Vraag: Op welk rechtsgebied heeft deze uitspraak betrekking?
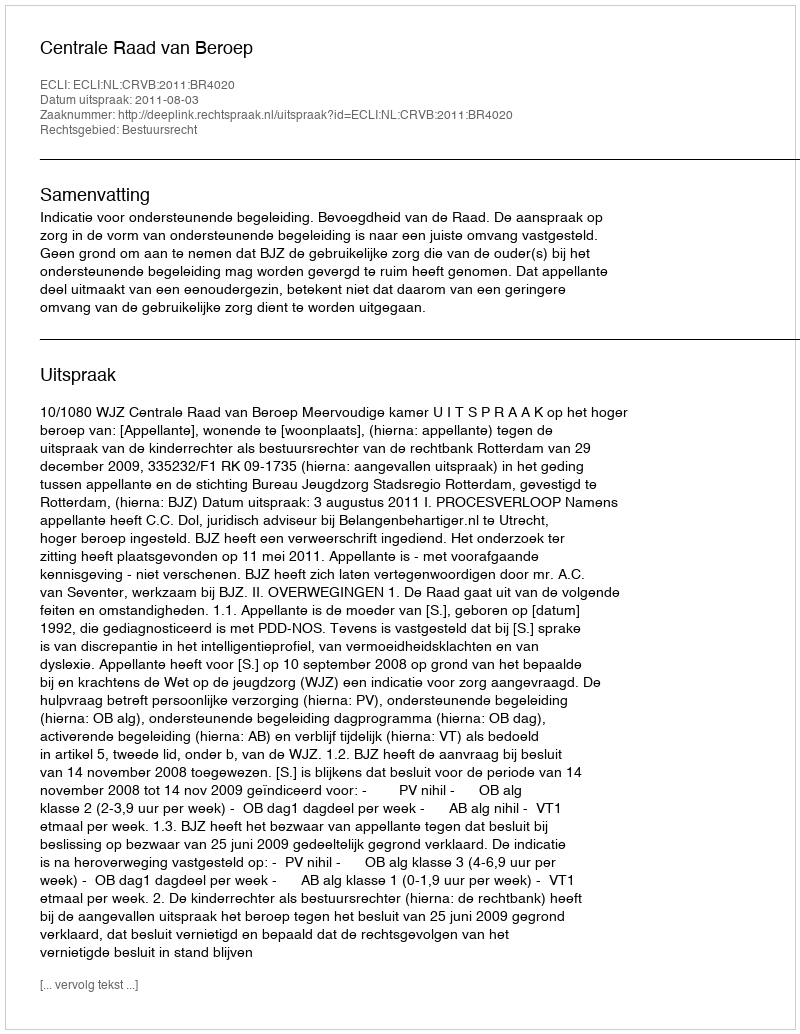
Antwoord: Bestuursrecht